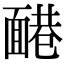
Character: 𩈷